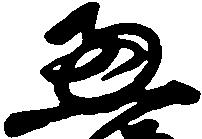
恵